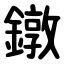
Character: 鐓